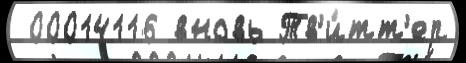
 00014116 вновь Тв'и́тт'ер